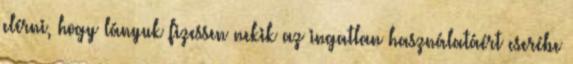
elérni, hogy lányuk fizessen nekik az ingatlan használatáért cserébe